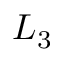
L _ { 3 }